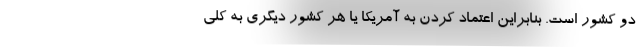
دو کشور است. بنابراین اعتماد کردن به آمریکا یا هر کشور دیگری به کلی